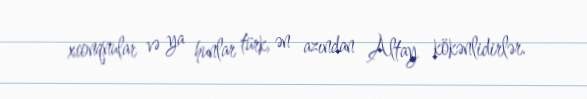
xionqnular və ya hunlar türk, ən azından Altay kökənlidirlər.